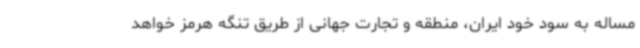
مساله به سود خود ایران، منطقه و تجارت جهانی از طریق تنگه هرمز خواهد